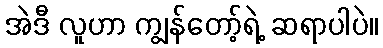
အဲဒီ လူဟာ ကျွန်တော့်ရဲ့ ဆရာပါပဲ။